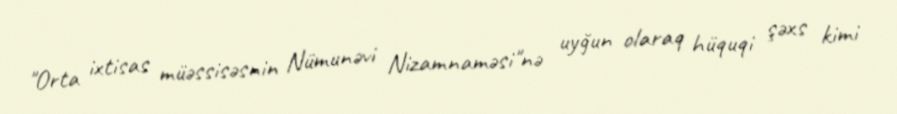
"Orta ixtisas müəssisəsnin Nümunəvi Nizamnaməsi"nə uyğun olaraq hüquqi şəxs kimi